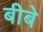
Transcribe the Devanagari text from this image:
बीबे